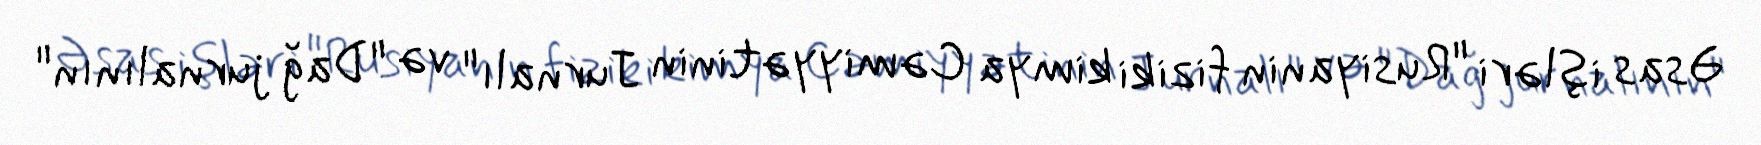
Əsas işləri "Rusiyanin fiziki kimya Cəmiyyətinin Jurnalı" və "Dağ jurnalının"